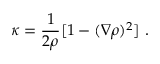
\kappa = \frac { 1 } { 2 \rho } [ 1 - ( \nabla \rho ) ^ { 2 } ] \ .